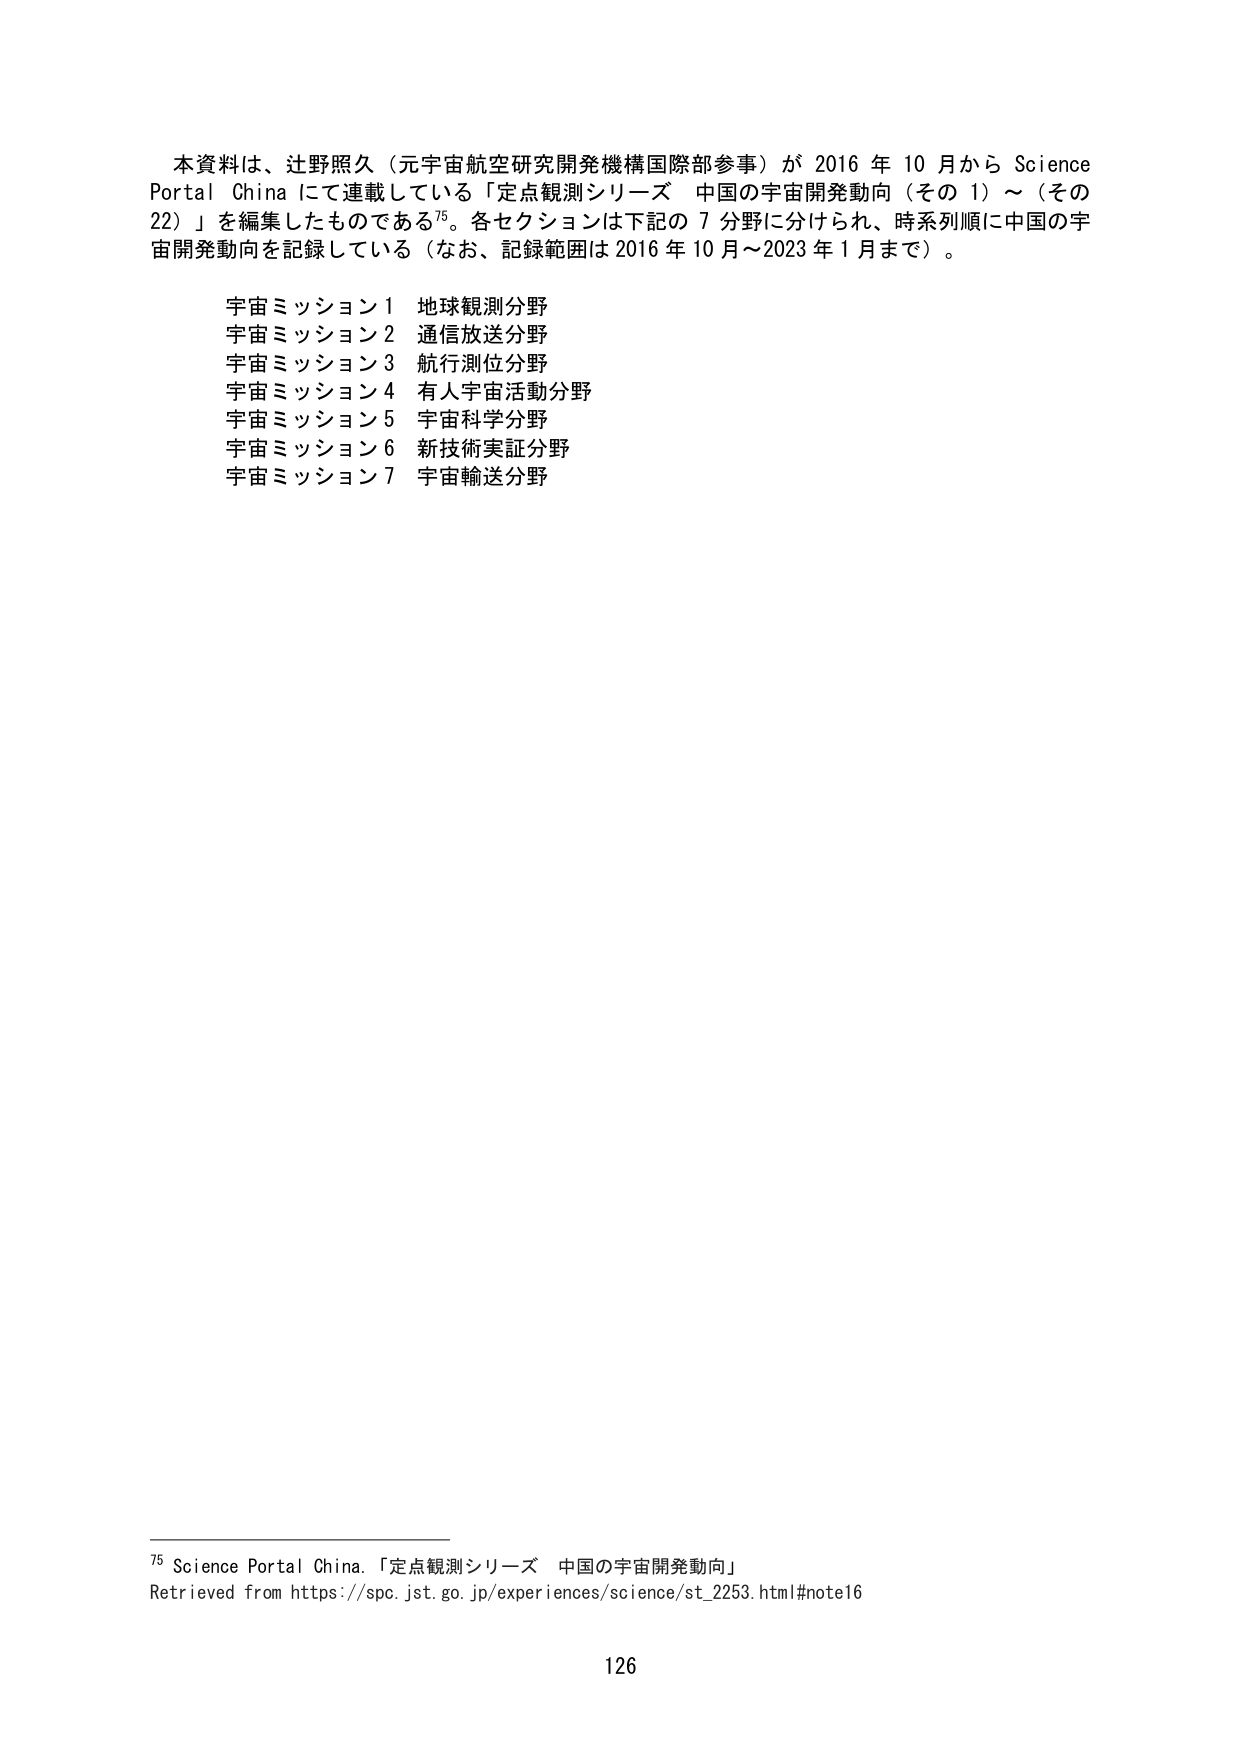
本資料は、辻野照久（元宇宙航空研究開発機構国際部参事）が 2016 年 10 月から Science Portal China にて連載している「定点観測シリーズ 中国の宇宙開発動向（その 1）～（その 22）」を編集したものである⁷⁵。各セクションは下記の 7 分野に分けられ、時系列順に中国の宇宙開発動向を記録している（なお、記録範囲は 2016 年 10 月～2023 年 1 月まで）。

宇宙ミッション1 地球観測分野
宇宙ミッション2 通信放送分野
宇宙ミッション3 航行測位分野
宇宙ミッション4 有人宇宙活動分野
宇宙ミッション5 宇宙科学分野
宇宙ミッション6 新技術実証分野
宇宙ミッション7 宇宙輸送分野

⁷⁵ Science Portal China. 「定点観測シリーズ 中国の宇宙開発動向」
Retrieved from https://spc.jst.go.jp/experiences/science/st_2253.html#note16

126